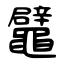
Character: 鼊